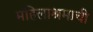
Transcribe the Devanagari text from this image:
महिलाश्रमाची